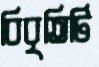
বিবৃতিটি